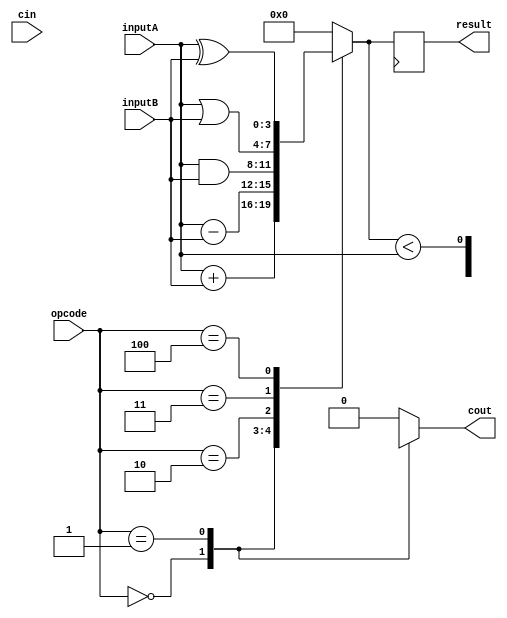
module ALU (
  input [3:0] inputA,
  input [3:0] inputB,
  input [2:0] opcode,
  input cin,
  output reg cout,
  output reg [3:0] result
);

reg [3:0] temp_result;

always @(*)
begin
  case(opcode)
    3'b000: temp_result = inputA + inputB; // Addition
    3'b001: temp_result = inputA - inputB; // Subtraction
    3'b010: temp_result = inputA & inputB; // AND
    3'b011: temp_result = inputA | inputB; // OR
    3'b100: temp_result = inputA ^ inputB; // XOR
    default: temp_result = 4'b0000; // Default to all zeros
  endcase
end

always @(*)
begin
  case(opcode)
    3'b000: cout = temp_result[4]; // Set carry-out for addition
    3'b001: cout = temp_result < inputA; // Set carry-out for subtraction
    default: cout = 1'b0; // Set default carry-out to 0
  endcase
end

always @(posedge clk)
begin
  result <= temp_result; // Store result in output register
end

endmodule